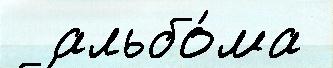
  альбо́ма